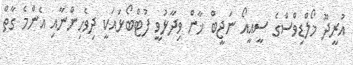
އުރީދޫ މޯލްޑިވްސްގެ ސީއީއޯ ނަޖީބް ޚާން ވިދާޅުވީ ފުޓްބޯޅައަކީ ދިވެހިންނާއި އެންމެ ގާތް